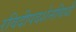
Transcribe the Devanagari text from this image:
रविदीपदर्शनविधौ